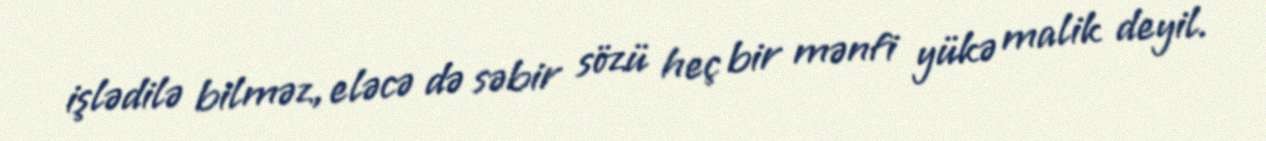
işlədilə bilməz, eləcə də səbir sözü heç bir mənfi yükə malik deyil.